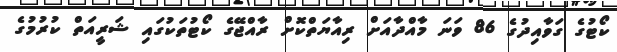
ކޯޓުގެ ގަވާއިދުގެ 86 ވަނަ މާއްދާއަށް ރިއާޔަތްކޮށް ރާއްޖޭގެ ކޯޓުތަކުގައި ޝަރީއަތް ކުރުމުގެ